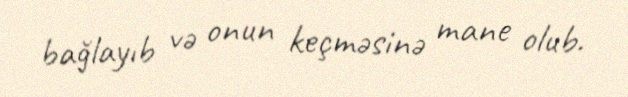
bağlayıb və onun keçməsinə mane olub.